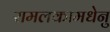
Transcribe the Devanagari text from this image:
रामलकामधेनु